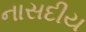
નાસદીય